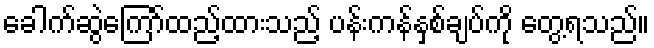
ခေါက်ဆွဲကြော်ထည့်ထားသည့် ပန်းကန်နှစ်ချပ်ကို တွေ့ရသည်။